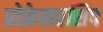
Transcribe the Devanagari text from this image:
प्रोफ़ेसरशिप